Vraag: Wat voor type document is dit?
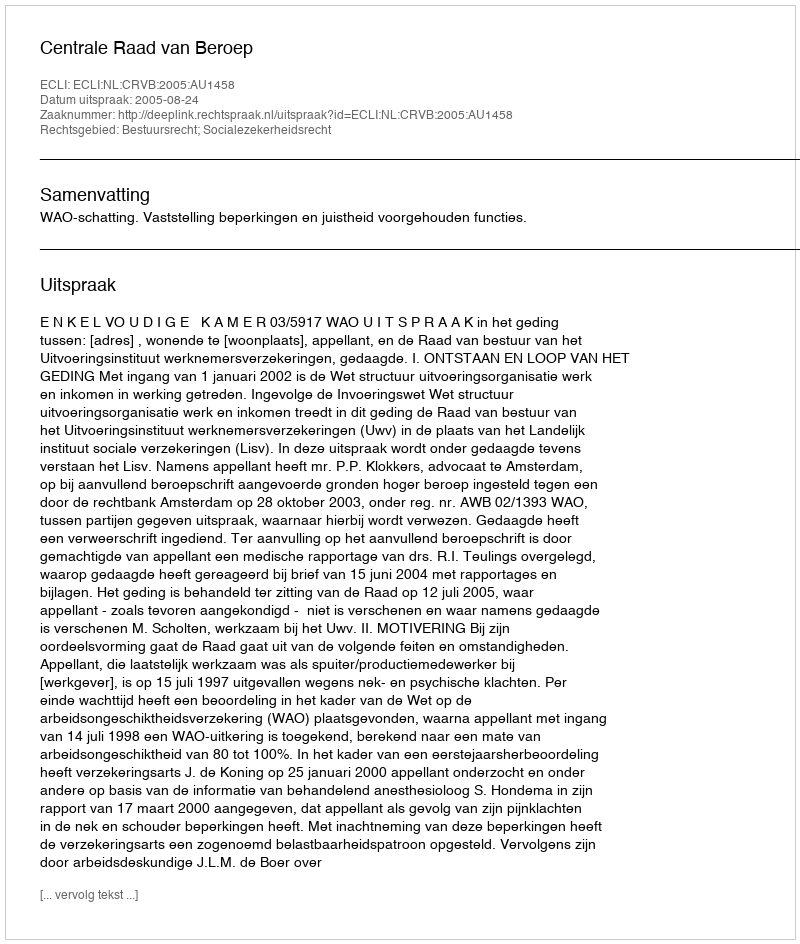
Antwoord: Uitspraak